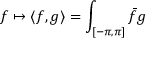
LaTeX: f \mapsto \langle f , g \rangle = \int _ { [ - \pi , \pi ] } { \bar { f } } g